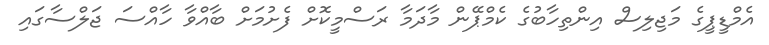
އެމްޑީޕީގެ މަޖިލިސް އިންތިހާބުގެ ކެމްޕޭން މާދަމާ ރަސްމީކޮށް ފެށުމަށް ބާއްވާ ހާއްސަ ޖަލްސާގައި